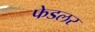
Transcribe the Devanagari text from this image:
फेडलर